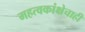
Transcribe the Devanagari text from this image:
महत्वकांक्षेचाही